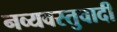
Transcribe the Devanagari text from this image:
नव्यवस्तुवादी